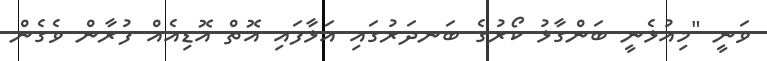
ވަނީ "މިއުޅެނީ ބަންގާޅު ކޯރުގެ ބަނދަރުގައި އަޅާފައި އޮތް އޮޑިއެއް ފުރާން ވެގެން